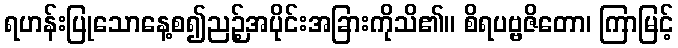
ရဟန်းပြုသောနေ့စ၍ညဉ့်အပိုင်းအခြားကိုသိ၏။ စိရပဗ္ဗဇိတော၊ ကြာမြင့်